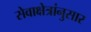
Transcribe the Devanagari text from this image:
सेवाक्षेत्रांनुसार